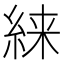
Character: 𱹴